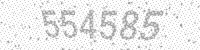
Solution: 554585